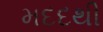
મદદથી